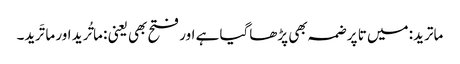
ماترید: میں تا پر ضمہ بھی پڑھاگیا ہے اور فتح بھی یعنی : ماتُرید اور ماتَرید۔